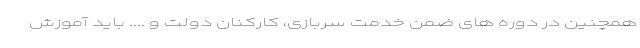
همچنین در دوره های ضمن خدمت سربازی، کارکنان دولت و .... باید آموزش